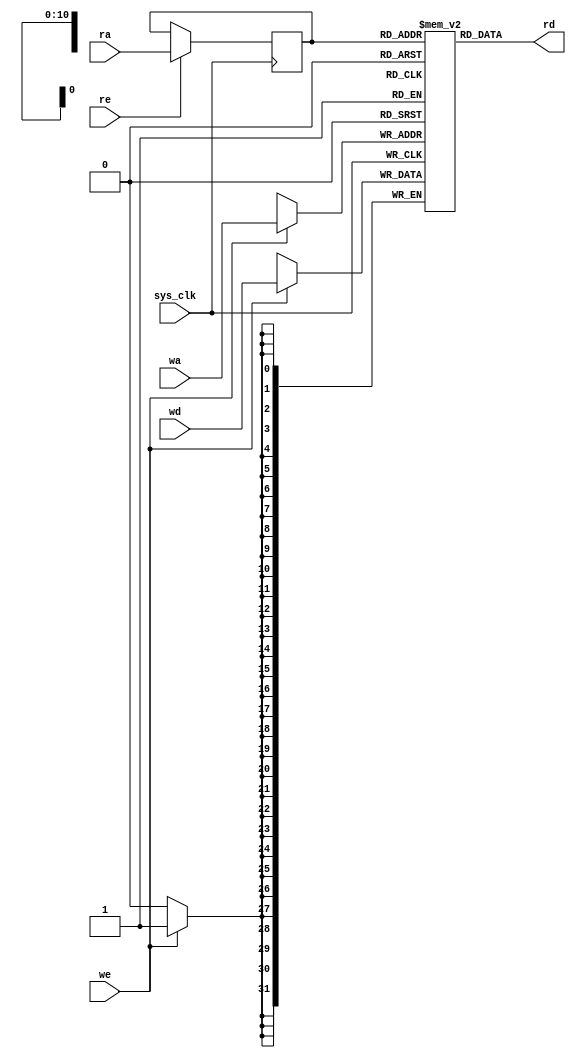
/*
 * Milkymist SoC
 * Copyright (C) 2007, 2008, 2009, 2010, 2011 Sebastien Bourdeauducq
 *
 * This program is free software: you can redistribute it and/or modify
 * it under the terms of the GNU General Public License as published by
 * the Free Software Foundation, version 3 of the License.
 *
 * This program is distributed in the hope that it will be useful,
 * but WITHOUT ANY WARRANTY; without even the implied warranty of
 * MERCHANTABILITY or FITNESS FOR A PARTICULAR PURPOSE.  See the
 * GNU General Public License for more details.
 *
 * You should have received a copy of the GNU General Public License
 * along with this program.  If not, see <http://www.gnu.org/licenses/>.
 */

/* Double port RAM (1 read-only + 1 write-only), read-through */

module tmu2_dpram #(
	parameter depth = 11, /* < log2 of the capacity in words */
	parameter width = 32
) (
	input sys_clk,

	input [depth-1:0] ra,
	input re,
	output [width-1:0] rd,

	input [depth-1:0] wa,
	input we,
	input [width-1:0] wd
);

reg [width-1:0] ram[0:(1 << depth)-1];

reg [depth-1:0] rar;

always @(posedge sys_clk) begin
	if(re)
		rar <= ra;
	if(we)
		ram[wa] <= wd;
end

assign rd = ram[rar];


// synthesis translate_off

integer i;
initial begin
	for(i=0;i<(1 << depth);i=i+1)
		ram[i] = 0;
end

// synthesis translate_on

endmodule